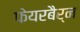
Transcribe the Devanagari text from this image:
फेयरबैर्न